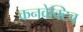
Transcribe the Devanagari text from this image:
कनवेक्टिव